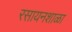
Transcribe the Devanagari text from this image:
रसायनशाळा